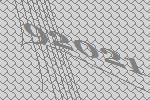
92021